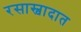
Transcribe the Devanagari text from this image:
रसास्वादात